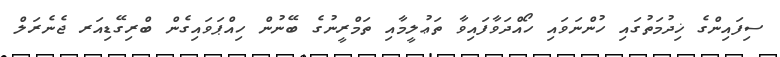
ސިފައިންގެ ޚިދުމަތުގައި ހުންނަވައި ހޯއްދަވާފައިވާ ތަޢުލީމާއި ތަމްރީނުގެ ބޭނުން ހިއްޕަވައިގެން ބްރިގޭޑިއަރ ޖެނެރަލް